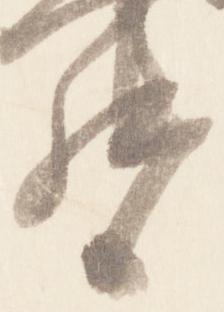
督